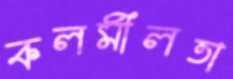
কলমীলতা